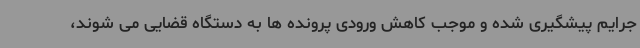
جرایم پیشگیری شده و موجب کاهش ورودی پرونده ها به دستگاه قضایی می شوند،